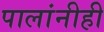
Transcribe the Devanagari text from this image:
पालांनीही